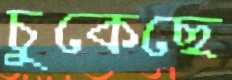
চুকেছে